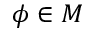
\phi \in M